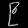
Digit: ၉